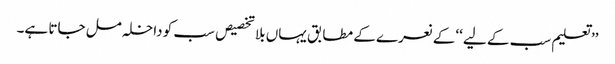
’’ تعلیم سب کے لیے ‘‘کے نعرے کے مطابق یہاں بلا تخصیص سب کو داخلہ مل جاتا ہے۔